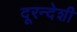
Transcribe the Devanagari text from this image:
दूरन्देशी